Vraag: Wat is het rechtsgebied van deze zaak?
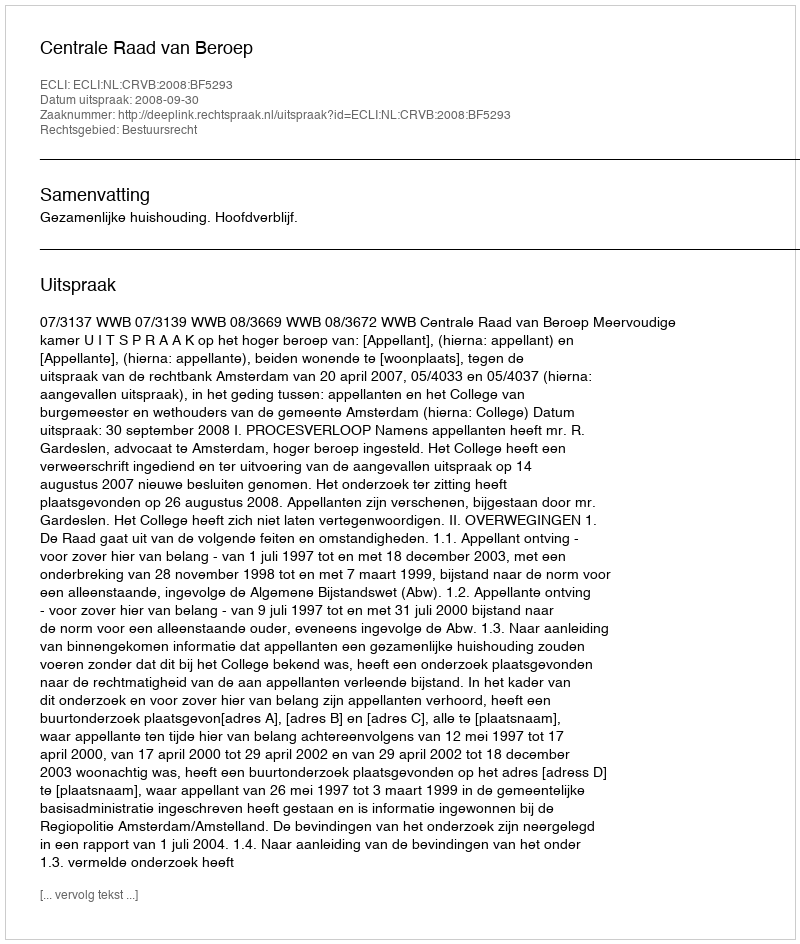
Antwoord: Bestuursrecht